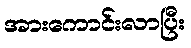
အားကောင်းလာပြီး